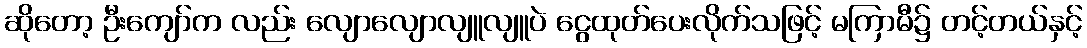
ဆိုတော့ ဦးကျော်က လည်း လျောလျောလျူလျူပဲ ငွေထုတ်ပေးလိုက်သဖြင့် မကြာမီ၌ တင့်တယ်နှင့်